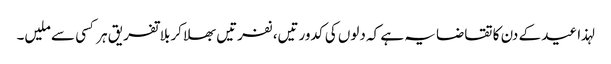
لہذا عید کے دن کا تقاضا یہ ہے کہ دلوں کی کدورتیں، نفرتیں بھلا کر بلا تفریق ہر کسی سے ملیں۔